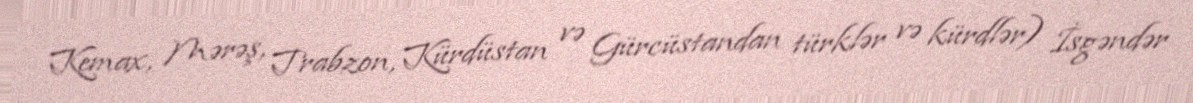
Kemax, Mərəş, Trabzon, Kürdüstan və Gürcüstandan türklər və kürdlər) İsgəndər